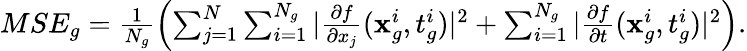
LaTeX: \begin{array}{r}{MSE_{g}=\frac{1}{N_{g}}\left(\sum_{j=1}^{N}\sum_{i=1}^{N_{g}}|\frac{\partial f}{\partial x_{j}}(\mathbf{x}_{g}^{i},t_{g}^{i})|^{2}+\sum_{i=1}^{N_{g}}|\frac{\partial f}{\partial t}(\mathbf{x}_{g}^{i},t_{g}^{i})|^{2}\right).}\end{array}